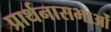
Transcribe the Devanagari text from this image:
प्रार्थनासभाओं